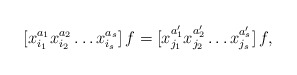
\begin{align*}[x_{i_1}^{a_1}x_{i_2}^{a_2}\dots x_{i_s}^{a_s}]\,f=[x_{j_1}^{a'_1}x_{j_2}^{a'_2}\dots x_{j_s}^{a'_s}]\,f,\end{align*}